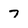
Character: 7